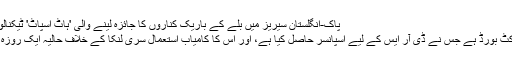
پاک-انگلستان سیریز میں بلے کے باریک کناروں کا جائزہ لینے والی 'ہاٹ اسپاٹ' ٹیکنالوجی استعمال نہیں ہوگی
پاکستان دنیا کا پہلا کرکٹ بورڈ ہے جس نے ڈی آر ایس کے لیے اسپانسر حاصل کیا ہے، اور اس کا کامیاب استعمال سری لنکا کے خلاف حالیہ ایک روزہ سیریز میں ہو چکا ہے۔